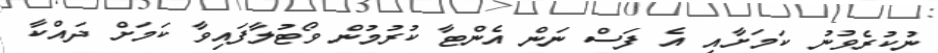
ނުކުރެވުނު ކަމަށާއި އެ ފަސް ނަން އެންޓާ ކުރުމުން ވޯޓުލާފައިވާ ކަމަށް ދައްކާ